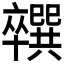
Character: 𪟼